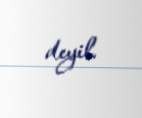
deyil.